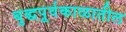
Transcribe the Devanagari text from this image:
बुद्धपूर्वकाळातील